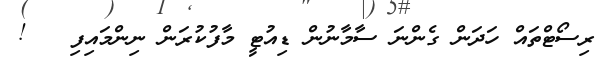
ރިސޯޓްތައް ހަދަން ގެންނަ ސާމާނުން ޑިއުޓީ މާފުކުރަން ނިންމައިފި   !